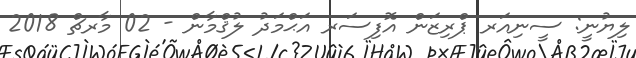
ލިޔުނީ: ސީނިއަރ ޕްރިޒަން އޮފިސަރ އަޙްމަދު ލުޤްމާން - 02 މާރޗް 2018